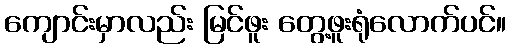
ကျောင်းမှာလည်း မြင်ဖူး တွေ့ဖူးရုံလောက်ပင်။